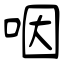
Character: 咽